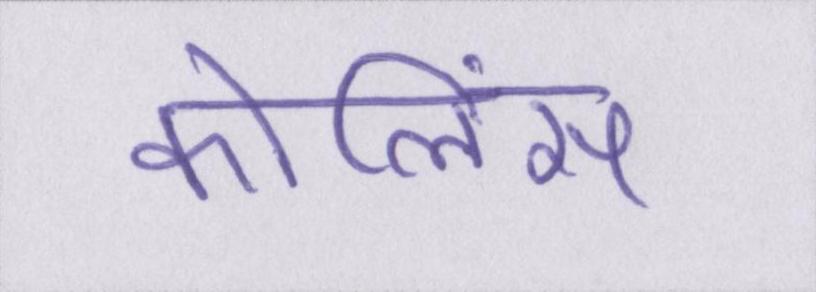
कोलिंस